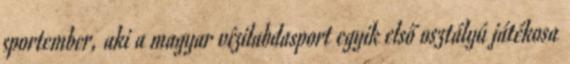
sportember, aki a magyar vízilabdasport egyik első osztályú játékosa